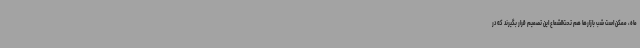
ماه، ممکن است شب بازارها هم تحت‌الشعاع این تصمیم قرار بگیرند که در